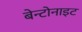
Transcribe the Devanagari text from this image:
बेन्टोनाइट